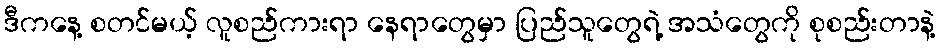
ဒီကနေ့ စတင်မယ့် လူစည်ကားရာ နေရာတွေမှာ ပြည်သူတွေရဲ့ အသံတွေကို စုစည်းတာနဲ့